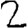
Digit: 2